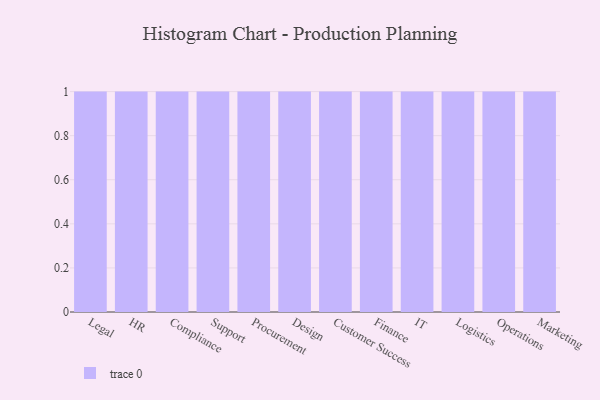
{"axis": {"x": "Department", "y": "Population (Million)"}, "legend": [""], "data": [{"x": "Legal", "y": 35, "type": ""}, {"x": "HR", "y": 12, "type": ""}, {"x": "Compliance", "y": 88, "type": ""}, {"x": "Support", "y": 73, "type": ""}, {"x": "Procurement", "y": 38, "type": ""}, {"x": "Design", "y": 41, "type": ""}, {"x": "Customer Success", "y": 71, "type": ""}, {"x": "Finance", "y": 58, "type": ""}, {"x": "IT", "y": 25, "type": ""}, {"x": "Logistics", "y": 85, "type": ""}, {"x": "Operations", "y": 66, "type": ""}, {"x": "Marketing", "y": 40, "type": ""}]}